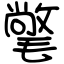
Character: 氅